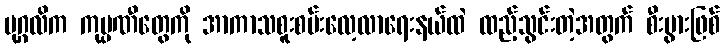
ပုဂ္ဂလိက ကုမ္ပဏီတွေကို အာကာသစူးစမ်းလေ့လာရေးနယ်ထဲ ထည့်သွင်းတဲ့အတွက် စီးပွားဖြစ်